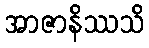
အာဇာနိဿသိ